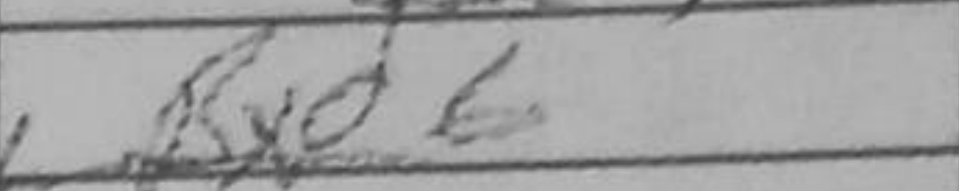
Transcription: Bxd6